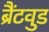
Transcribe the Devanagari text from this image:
ब्रैंटवुड